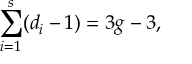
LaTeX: \sum _ { i = 1 } ^ { s } ( d _ { i } - 1 ) = 3 g - 3 ,